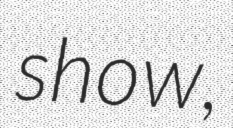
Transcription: show,